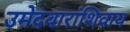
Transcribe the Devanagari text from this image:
उमेदवारांशिवाय